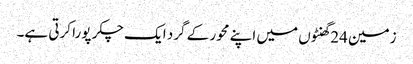
زمین 24گھنٹوں میں اپنے محور کے گرد ایک چکر پورا کرتی ہے۔